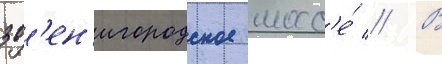
зв'ен'игородское шосс'е́ // В